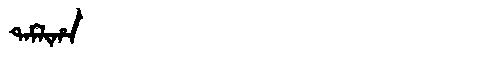
Manchu: ᡨᠠᠮᠯᡳᡥᠠ
Romanization: TAMLIHA